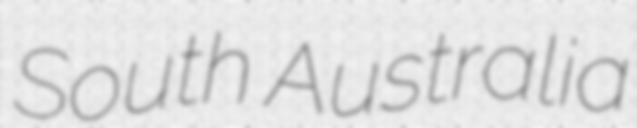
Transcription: South Australia